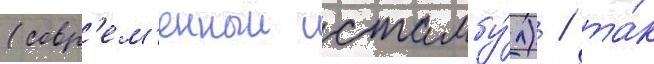
(совр'ем'енныи стамбу́л) / та́к